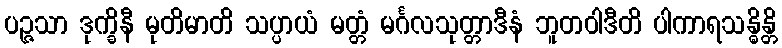
ပဉ္ဇသာ ဒုက္ခိနီ မုတိမာတိ သပ္ပာယံ မတ္တံ မင်္ဂလသုတ္တာဒီနံ ဘူတဝါဒီတိ ပါကာရသန္ဓိန္တိ